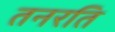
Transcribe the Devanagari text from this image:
तनरति